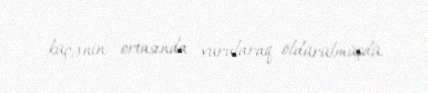
küçənin ortasında vurularaq öldürülmüşdü.